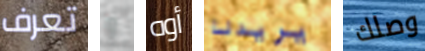
تعرف و أوه يريدنا وصلك